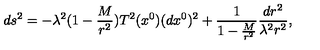
d s ^ { 2 } = - \lambda ^ { 2 } ( 1 - \frac { M } { r ^ { 2 } } ) T ^ { 2 } ( x ^ { 0 } ) ( d x ^ { 0 } ) ^ { 2 } + \frac { 1 } { 1 - \frac { M } { r ^ { 2 } } } \frac { d r ^ { 2 } } { \lambda ^ { 2 } r ^ { 2 } } ,